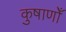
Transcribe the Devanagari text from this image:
कुषाणोँ